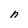
Character: n